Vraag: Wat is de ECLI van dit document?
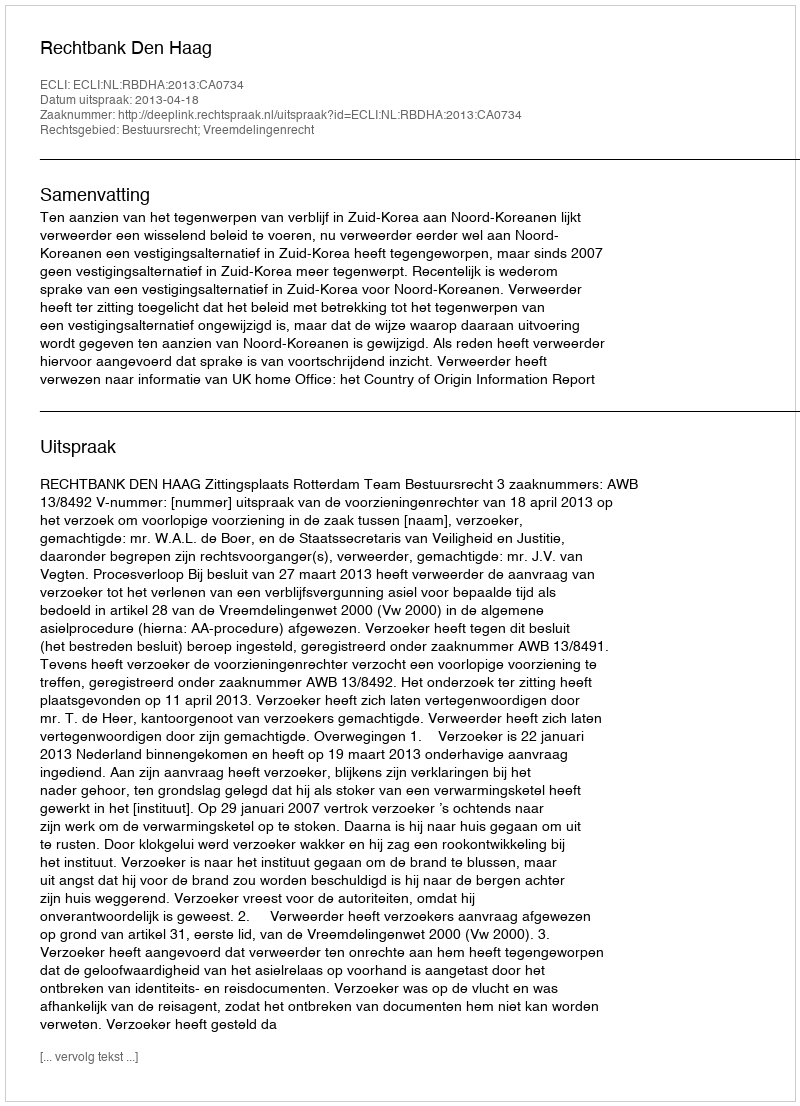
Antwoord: ECLI:NL:RBDHA:2013:CA0734